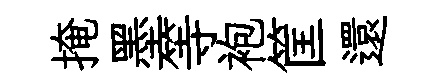
掩墨等袍筐還